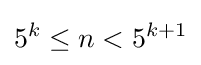
5^{k}\leq n<5^{k+1}